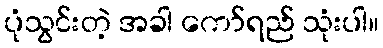
ပုံသွင်းတဲ့ အခါ ကော်ရည် သုံးပါ။